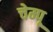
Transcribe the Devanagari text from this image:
चेम्पू